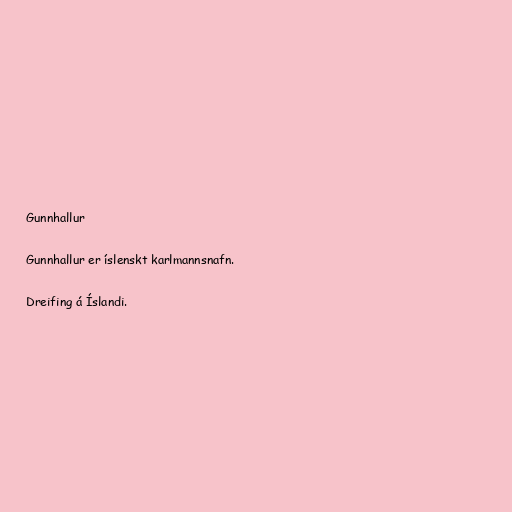
Gunnhallur

Gunnhallur er íslenskt karlmannsnafn.

Dreifing á Íslandi.